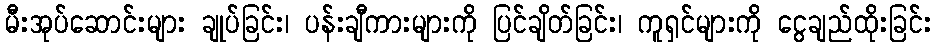
မီးအုပ်ဆောင်းများ ချုပ်ခြင်း၊ ပန်းချီကားများကို ပြင်ချိတ်ခြင်း၊ ကူရှင်များကို ငွေချည်ထိုးခြင်း